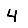
Digit: 4